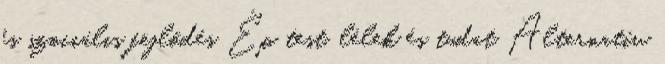
és szociális fejlődés Ép test, lélek és tudat Alternatív